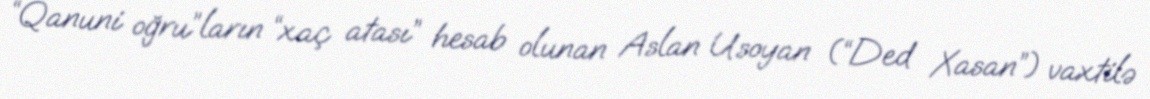
“Qanuni oğru”ların “xaç atası” hesab olunan Aslan Usoyan (“Ded Xasan”) vaxtilə